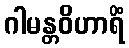
ဂါမန္တဝိဟာရိံ